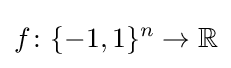
f\colon \{-1,1\}^{n}\to \mathbb {R}